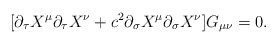
\begin{align*}[\partial_{\tau}X^{\mu}\partial_{\tau}X^{\nu} +c^{2}\partial_{\sigma}X^{\mu}\partial_{\sigma}X^{\nu}]G_{\mu \nu} = 0.\end{align*}